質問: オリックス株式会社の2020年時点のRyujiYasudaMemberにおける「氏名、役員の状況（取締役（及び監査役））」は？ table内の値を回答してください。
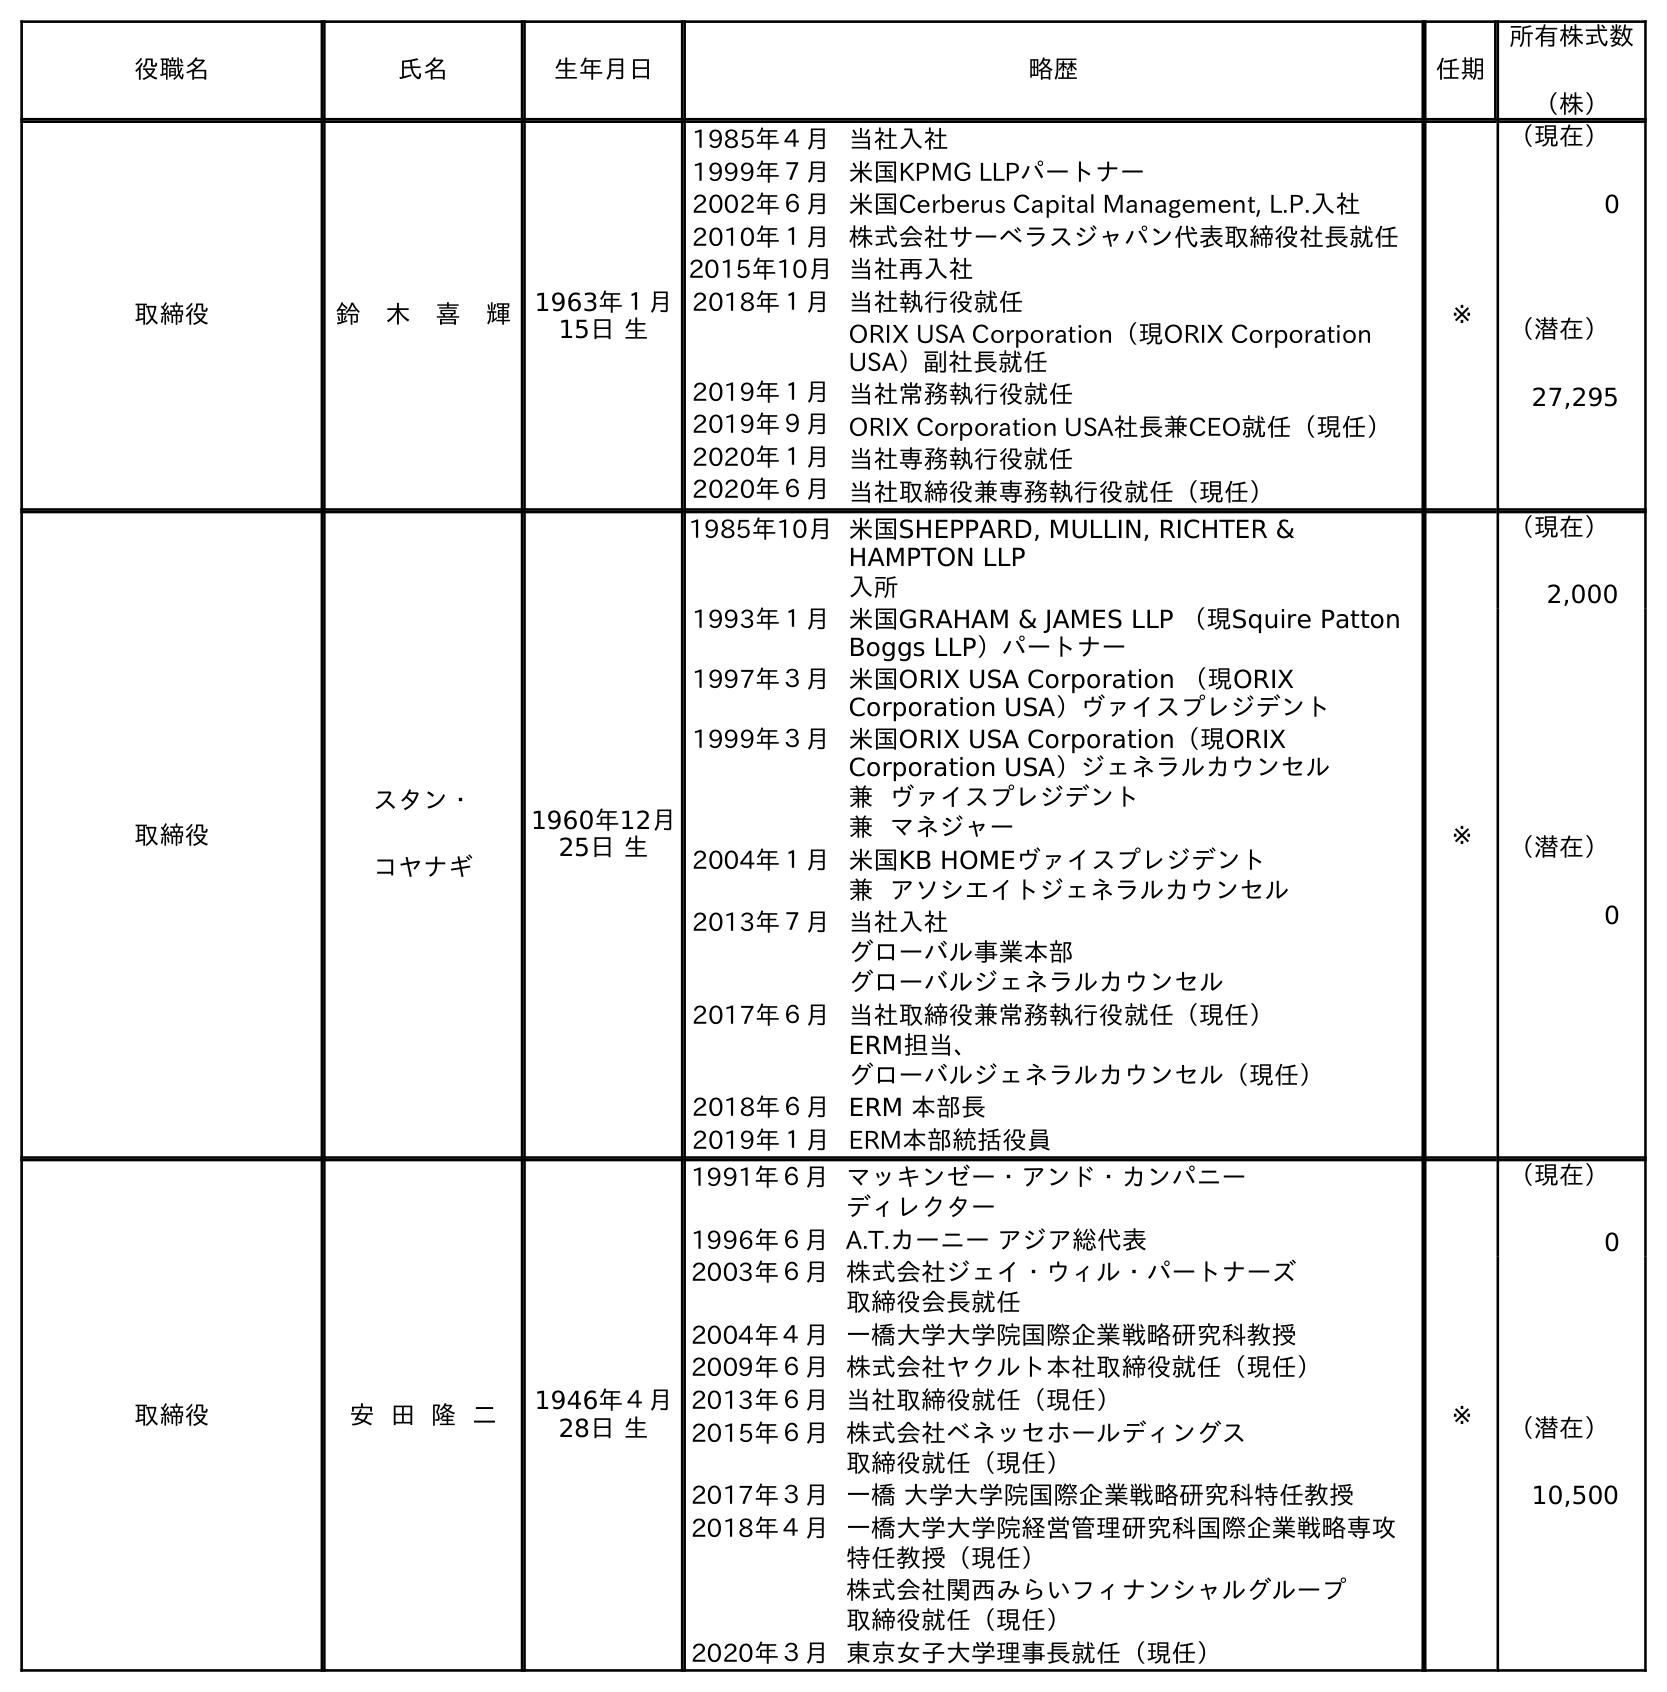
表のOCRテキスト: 役職名 氏名 生年月日 略歴 任期 所有株式数 （株） 取締役 鈴 木 喜 輝 1963年１月 15日 生 1985年４月当社入社 1999年７月米国KPMG LLPパートナー 2002年６月米国Cerberus Capital Management, L.P.入社 2010年１月株式会社サーベラスジャパン代表取締役社長就任 2015年10月当社再入社 2018年１月当社執行役就任 ORIX USA Corporation（現ORIX Corporation USA）副社長就任 2019年１月当社常務執行役就任 2019年９月ORIX Corporation USA社長兼CEO就任（現任） 2020年１月当社専務執行役就任 2020年６月当社取締役兼専務執行役就任（現任） ※ （現在） 0 （潜在） 27,295 取締役 スタン・ コヤナギ 1960年12月 25日 生 1985年10月米国SHEPPARD, MULLIN, RICHTER & HAMPTON LLP 入所 1993年１月米国GRAHAM & JAMES LLP （現Squire Patton Boggs LLP）パートナー 1997年３月米国ORIX USA Corporation （現ORIX Corporation USA）ヴァイスプレジデント 1999年３月米国ORIX USA Corporation（現ORIX Corporation USA）ジェネラルカウンセル 兼 ヴァイスプレジデント 兼 マネジャー 2004年１月米国KB HOMEヴァイスプレジデント 兼 アソシエイトジェネラルカウンセル 2013年７月当社入社 グローバル事業本部 グローバルジェネラルカウンセル 2017年６月当社取締役兼常務執行役就任（現任） ERM担当、 グローバルジェネラルカウンセル（現任） 2018年６月ERM 本部長 2019年１月ERM本部統括役員 ※ （現在） 2,000 （潜在） 0 取締役 安 田 隆 二 1946年４月 28日 生 1991年６月マッキンゼー・アンド・カンパニー ディレクター 1996年６月A.T.カーニー アジア総代表 2003年６月株式会社ジェイ・ウィル・パートナーズ 取締役会長就任 2004年４月一橋大学大学院国際企業戦略研究科教授 2009年６月株式会社ヤクルト本社取締役就任（現任） 2013年６月当社取締役就任（現任） 2015年６月株式会社ベネッセホールディングス 取締役就任（現任） 2017年３月一橋 大学大学院国際企業戦略研究科特任教授 2018年４月一橋大学大学院経営管理研究科国際企業戦略専攻 特任教授（現任） 株式会社関西みらいフィナンシャルグループ 取締役就任（現任） 2020年３月東京女子大学理事長就任（現任） ※ （現在） 0 （潜在） 10,500
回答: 安田隆二